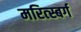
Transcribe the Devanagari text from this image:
मरित्स्बर्ग